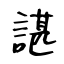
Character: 諶